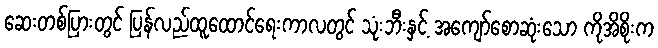
ဆေးတစ်ပြားတွင် ပြန်လည်ထူထောင်ရေးကာလတွင် သုံးဘီးနှင့် အကျော်စောဆုံးသော ကိုအိစိုးက